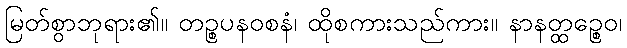
မြတ်စွာဘုရား၏။ တဉ္စပနဝစနံ၊ ထိုစကားသည်ကား။ နာနတ္ထဉ္စေဝ၊